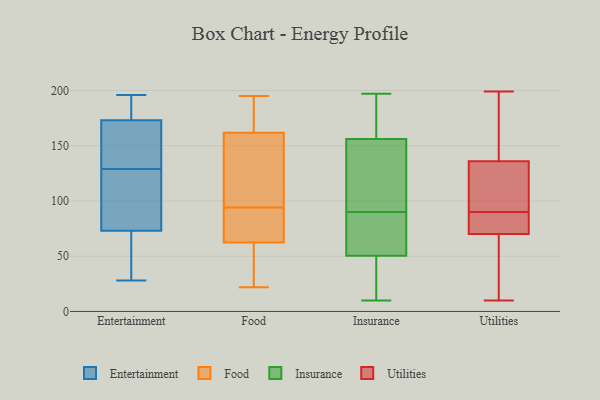
{"axis": {"x": "Production Output", "y": "Value"}, "legend": ["Entertainment", "Food", "Insurance", "Utilities"], "data": [{"x": "", "y": 153, "type": "Entertainment"}, {"x": "", "y": 44, "type": "Entertainment"}, {"x": "", "y": 187, "type": "Entertainment"}, {"x": "", "y": 118, "type": "Entertainment"}, {"x": "", "y": 178, "type": "Entertainment"}, {"x": "", "y": 37, "type": "Entertainment"}, {"x": "", "y": 140, "type": "Entertainment"}, {"x": "", "y": 173, "type": "Entertainment"}, {"x": "", "y": 141, "type": "Entertainment"}, {"x": "", "y": 113, "type": "Entertainment"}, {"x": "", "y": 196, "type": "Entertainment"}, {"x": "", "y": 28, "type": "Entertainment"}, {"x": "", "y": 71, "type": "Entertainment"}, {"x": "", "y": 173, "type": "Entertainment"}, {"x": "", "y": 109, "type": "Entertainment"}, {"x": "", "y": 75, "type": "Entertainment"}, {"x": "", "y": 172, "type": "Food"}, {"x": "", "y": 23, "type": "Food"}, {"x": "", "y": 107, "type": "Food"}, {"x": "", "y": 176, "type": "Food"}, {"x": "", "y": 57, "type": "Food"}, {"x": "", "y": 195, "type": "Food"}, {"x": "", "y": 78, "type": "Food"}, {"x": "", "y": 58, "type": "Food"}, {"x": "", "y": 94, "type": "Food"}, {"x": "", "y": 164, "type": "Food"}, {"x": "", "y": 76, "type": "Food"}, {"x": "", "y": 22, "type": "Food"}, {"x": "", "y": 131, "type": "Food"}, {"x": "", "y": 82, "type": "Food"}, {"x": "", "y": 155, "type": "Food"}, {"x": "", "y": 65, "type": "Insurance"}, {"x": "", "y": 36, "type": "Insurance"}, {"x": "", "y": 13, "type": "Insurance"}, {"x": "", "y": 157, "type": "Insurance"}, {"x": "", "y": 155, "type": "Insurance"}, {"x": "", "y": 92, "type": "Insurance"}, {"x": "", "y": 84, "type": "Insurance"}, {"x": "", "y": 19, "type": "Insurance"}, {"x": "", "y": 128, "type": "Insurance"}, {"x": "", "y": 78, "type": "Insurance"}, {"x": "", "y": 117, "type": "Insurance"}, {"x": "", "y": 10, "type": "Insurance"}, {"x": "", "y": 88, "type": "Insurance"}, {"x": "", "y": 197, "type": "Insurance"}, {"x": "", "y": 194, "type": "Insurance"}, {"x": "", "y": 192, "type": "Insurance"}, {"x": "", "y": 73, "type": "Utilities"}, {"x": "", "y": 159, "type": "Utilities"}, {"x": "", "y": 199, "type": "Utilities"}, {"x": "", "y": 136, "type": "Utilities"}, {"x": "", "y": 10, "type": "Utilities"}, {"x": "", "y": 68, "type": "Utilities"}, {"x": "", "y": 103, "type": "Utilities"}, {"x": "", "y": 95, "type": "Utilities"}, {"x": "", "y": 98, "type": "Utilities"}, {"x": "", "y": 85, "type": "Utilities"}, {"x": "", "y": 80, "type": "Utilities"}, {"x": "", "y": 66, "type": "Utilities"}, {"x": "", "y": 125, "type": "Utilities"}, {"x": "", "y": 58, "type": "Utilities"}, {"x": "", "y": 189, "type": "Utilities"}, {"x": "", "y": 84, "type": "Utilities"}, {"x": "", "y": 70, "type": "Utilities"}, {"x": "", "y": 171, "type": "Utilities"}]}